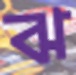
ঝ